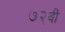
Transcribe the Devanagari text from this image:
७२वीं